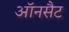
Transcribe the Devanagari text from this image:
ऑनसैट